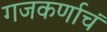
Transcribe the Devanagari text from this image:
गजकर्णाचं